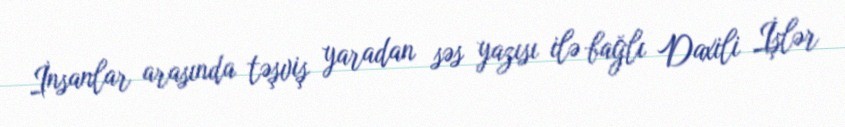
İnsanlar arasında təşviş yaradan səs yazısı ilə bağlı Daxili İşlər